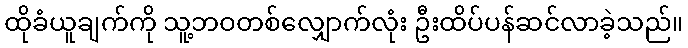
ထိုခံယူချက်ကို သူ့ဘဝတစ်လျှောက်လုံး ဦးထိပ်ပန်ဆင်လာခဲ့သည်။